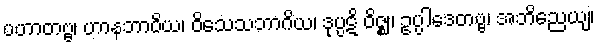
ပဟာတဗ္ဗ၊ ဟာနဘာဝိယ၊ ဝိသေသဘာဂိယ၊ ဒုပ္ပဋိ ဝိဇ္ဈ၊ ဥပ္ပါဒေတဗ္ဗ၊ အဘိညေယျ၊